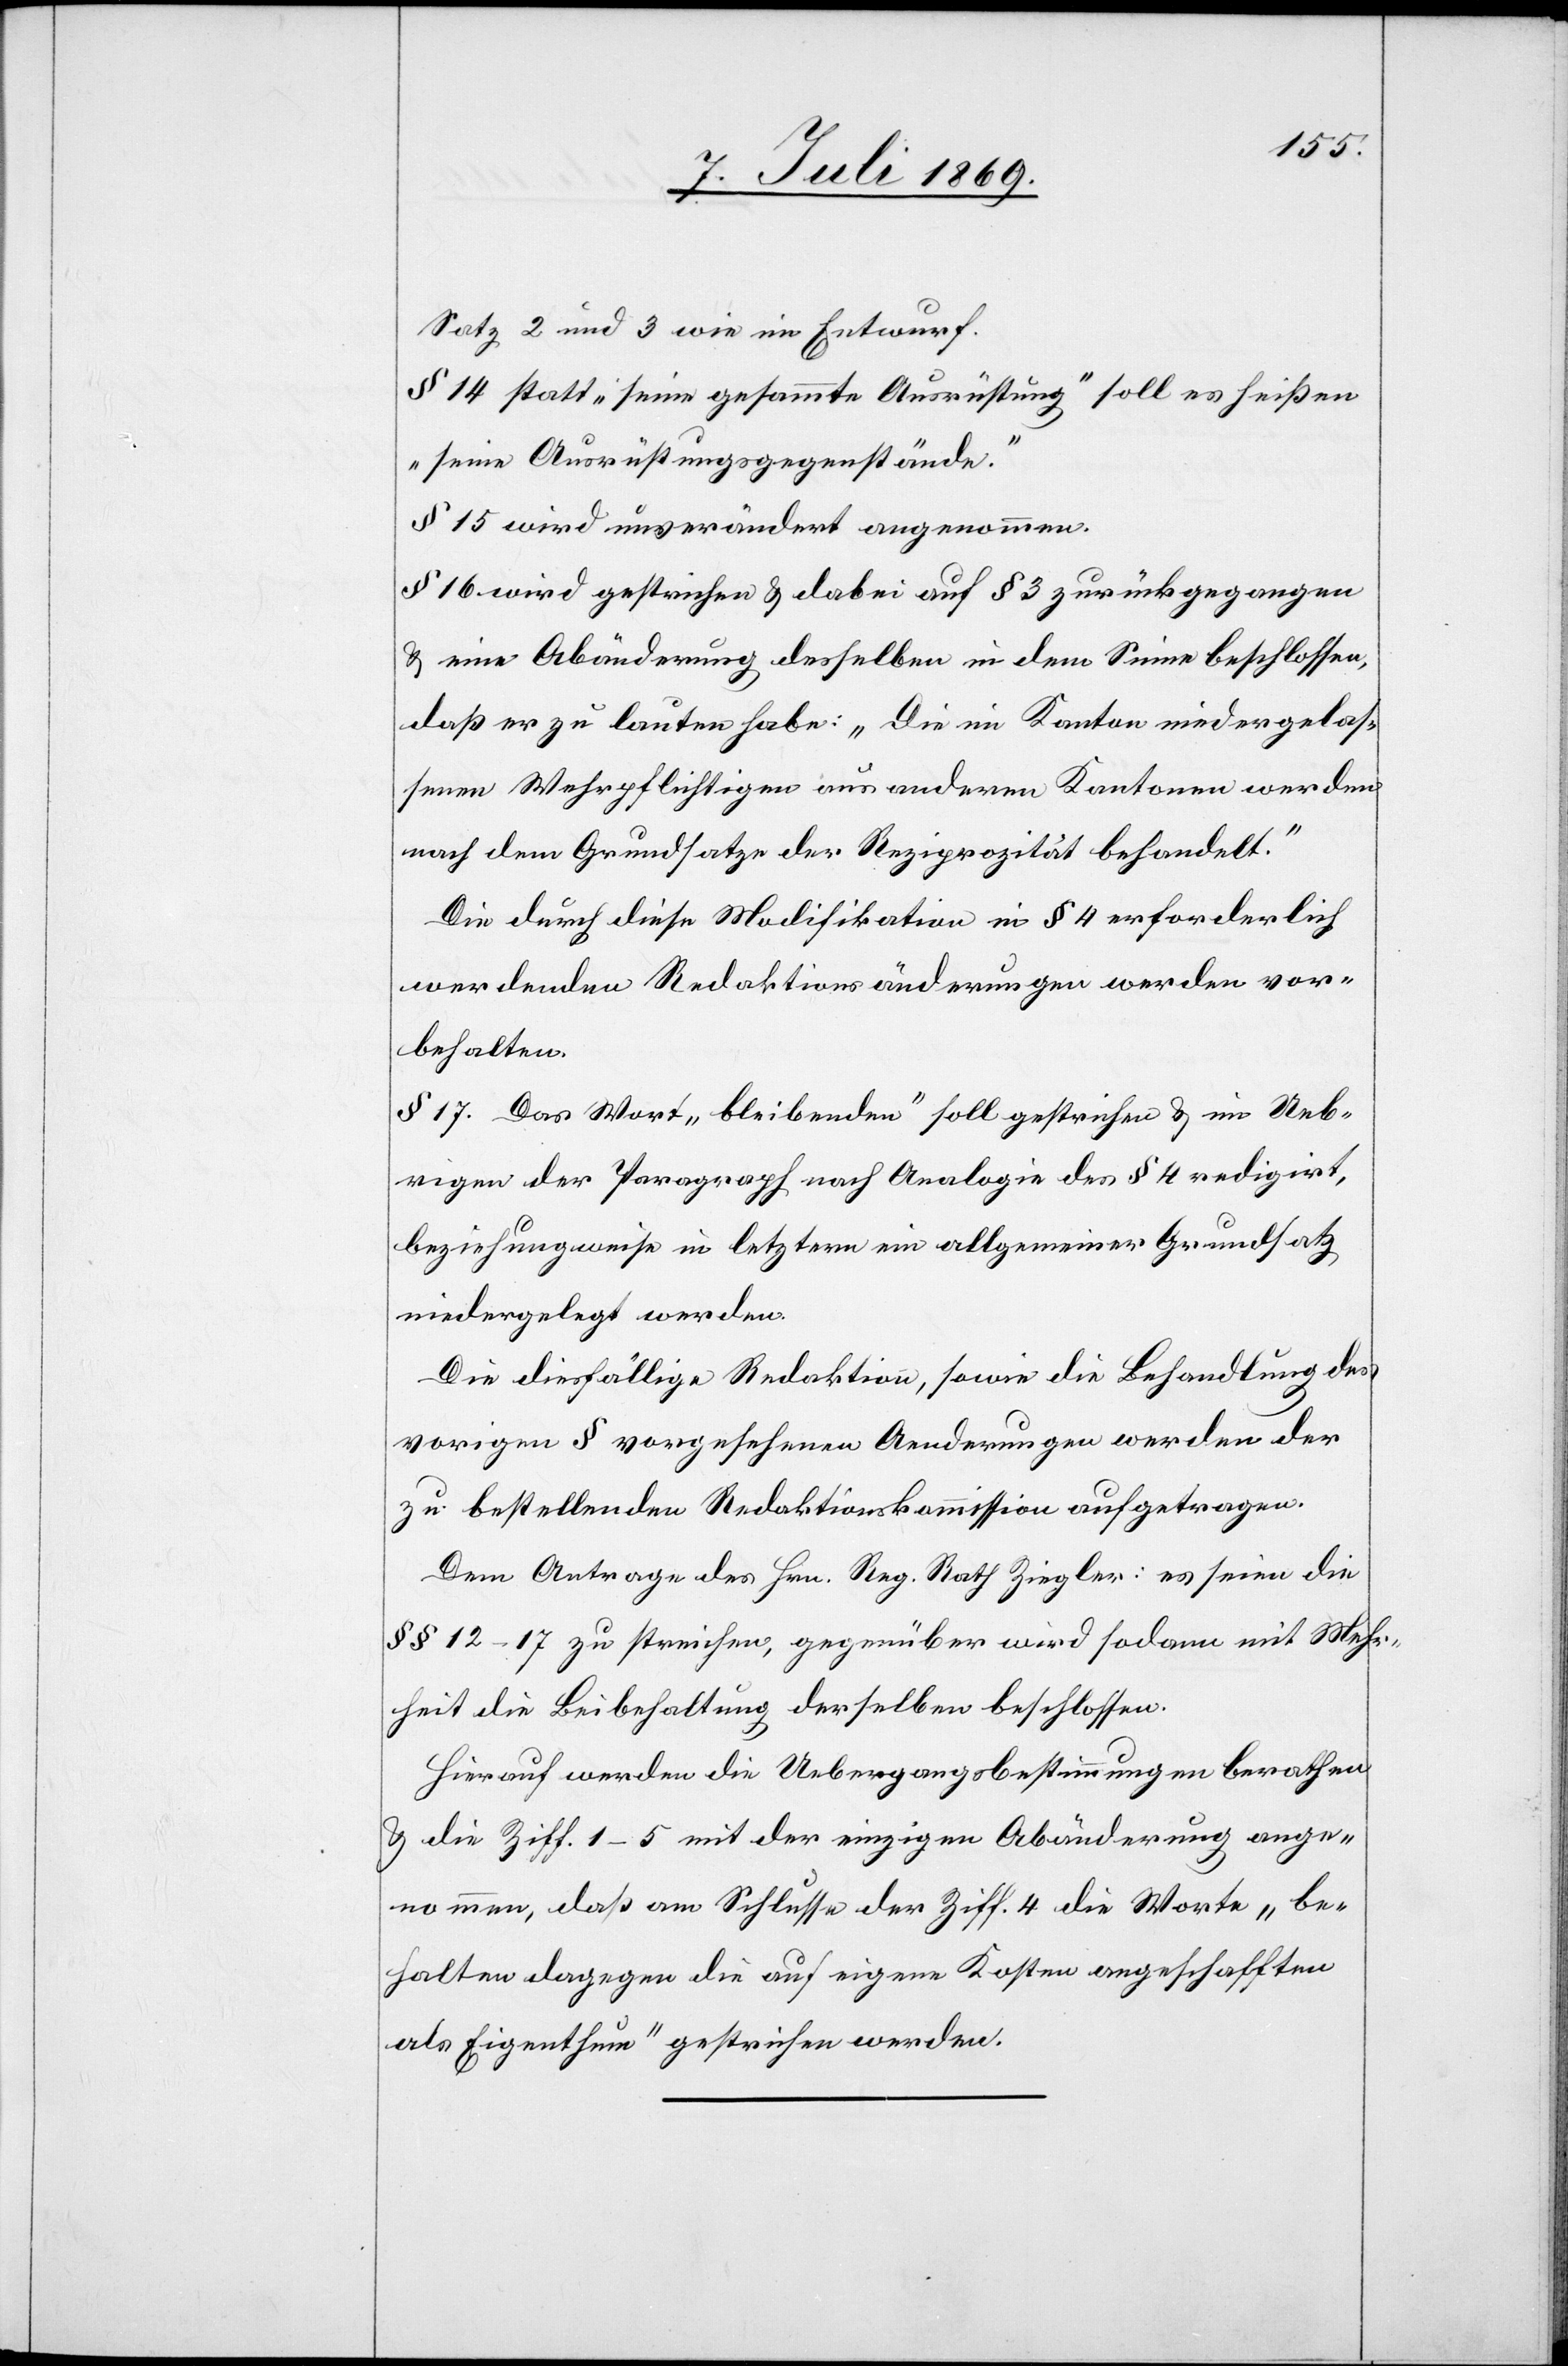
Satz 2 und 3 wie im Entwurf.
§ 14 statt „seine gesammte Ausrüstung“ soll es heißen
„seine Ausrüstungsgegenstände.“
§ 15 wird unverändert angenommen.
§ 16 wird gestrichen u. dabei auf § 3 zurückgegangen
u. eine Abänderung desselben in dem Sinne beschlossen,
daß er zu lauten habe: „Die im Kanton niedergelas¬
senen Wehrpflichtigen aus anderen Kantonen werden
nach dem Grundsatze der Reziprozität behandelt.“
Die durch diese Modifikation in § 4 erforderlich
werdenden Redaktionsänderungen werden vor¬
behalten.
§ 17. Das Wort „bleibenden“ soll gestrichen u. im Ueb¬
rigen der Paragraph nach Analogie des § 4 redigirt,
beziehungsweise in letztern ein allgemeiner Grundsatz
niedergelegt werden.
Die diesfällige Redaktion, sowie die Behandlung der
vorigen § vorgesehenen Aenderungen werden der
zu bestellenden Redaktionskommission aufgetragen.
Dem Antrage des Hrn. Reg. Rath Ziegler: es seien die
§§ 12–17 zu streichen, gegenüber wird sodann mit Mehr¬
heit die Beibehaltung derselben beschlossen.
Hierauf werden die Uebergangsbestimmungen berathen
u. die Ziff. 1–5 mit der einzigen Abänderung ange¬
nommen, daß am Schlusse der Ziff. 4 die Worte „be¬
halten dagegen die auf eigene Kosten angeschafften
als Eigenthum“ gestrichen werden.